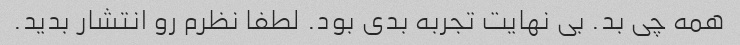
همه چی بد. بی نهایت تجربه بدی بود. لطفا نظرم رو انتشار بدید.